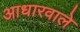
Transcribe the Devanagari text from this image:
आधारवाले